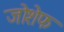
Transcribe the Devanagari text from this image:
जोशेफ